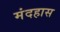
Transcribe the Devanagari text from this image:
मंदहास